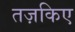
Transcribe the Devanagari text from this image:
तज़किए